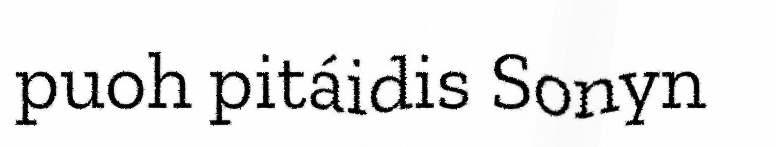
puoh pitáidis Sonyn